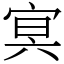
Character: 㝠